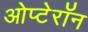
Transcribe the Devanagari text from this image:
ओप्टेरॉन